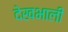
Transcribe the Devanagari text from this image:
देखभाली